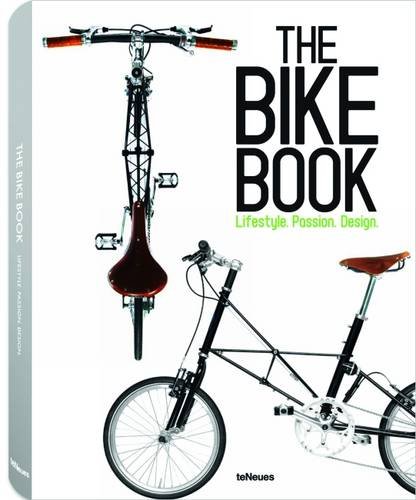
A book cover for The Bike Book: Passion, Lifestyle, Design (English, German and French Edition); Arts & Photography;